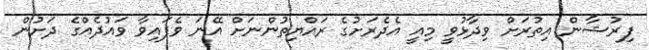
ފިރުޝާން އިތުރަށް ވިދާޅުވީ މިއީ އެދެރަށުގެ ރައްޔިތުންނަށް އޭނަ ވެފައިވާ ވައުދެއްގެ ދަށުން